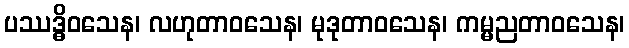
ပဿဒ္ဓိဝသေန၊ လဟုတာဝသေန၊ မုဒုတာဝသေန၊ ကမ္မညတာဝသေန၊